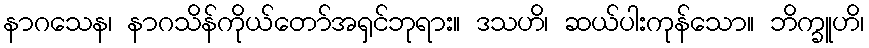
နာဂသေန၊ နာဂသိန်ကိုယ်တော်အရှင်ဘုရား။ ဒသဟိ၊ ဆယ်ပါးကုန်သော။ ဘိက္ခူဟိ၊